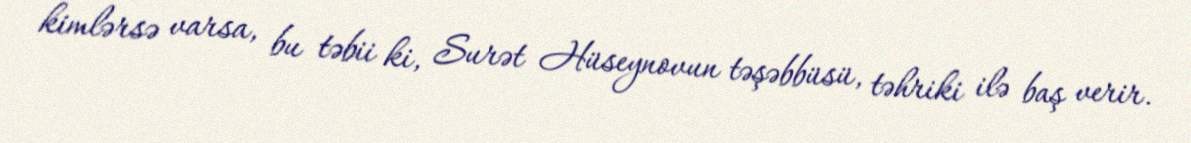
kimlərsə varsa, bu təbii ki, Surət Hüseynovun təşəbbüsü, təhriki ilə baş verir.